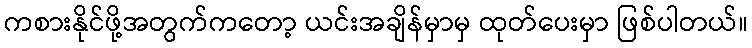
ကစားနိုင်ဖို့အတွက်ကတော့ ယင်းအချိန်မှာမှ ထုတ်ပေးမှာ ဖြစ်ပါတယ်။